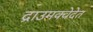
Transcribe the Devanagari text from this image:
द्राउमक्वेदेत